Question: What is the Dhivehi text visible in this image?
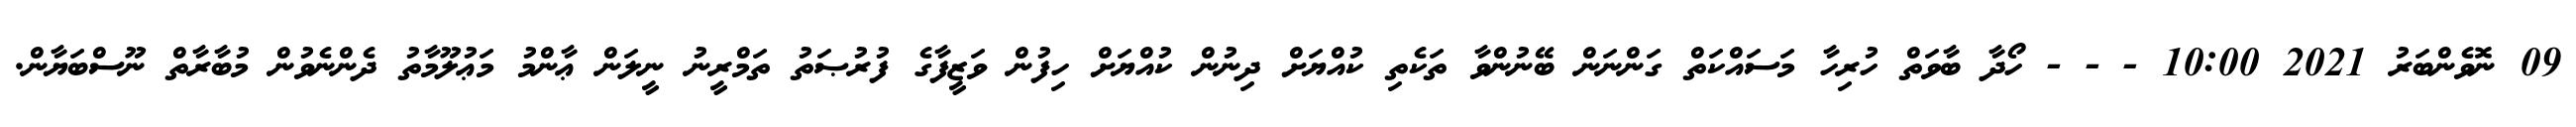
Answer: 09 ނޮވެންބަރު 2021 10:00 - - - ހޯދާ ބާވަތް ހުރިހާ މަސައްކަތް ގަންނަން ބޭނުންވާ ތަކެތި ކުއްޔަށް ދިނުން ކުއްޔަށް ހިފުން ވަޒީފާގެ ފުރުޞަތު ތަމްރީނު ނީލަން ޢާންމު މަޢުލޫމާތު ދެންނެވުން މުބާރާތް ނޫސްބަޔާން.